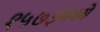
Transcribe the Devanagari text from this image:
१५७३मध्ये